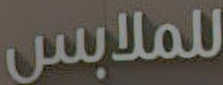
للملابس